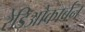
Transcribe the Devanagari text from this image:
रेडिओकार्बन